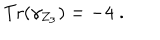
LaTeX: \mathrm { T r } ( \gamma _ { Z _ { 3 } } ) = - 4 \; .